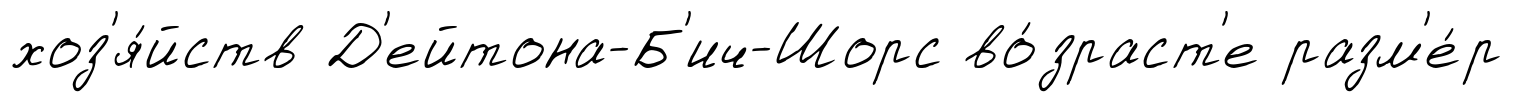
хоз'я́йств Д'ейтона-Б'ич-Шорс во́зраст'е разм'е́р